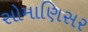
સોમાણિસર